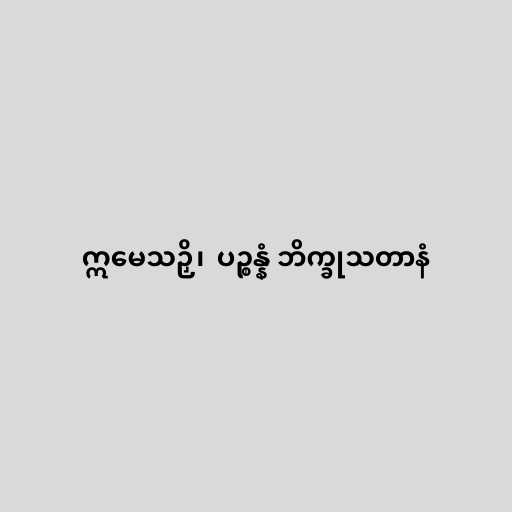
ဣမေသဉှိ၊  ပဉ္စန္နံ ဘိက္ခုသတာနံ